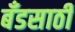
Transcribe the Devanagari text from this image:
बँडसाठी